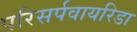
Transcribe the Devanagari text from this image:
परिसर्पवायरिडा